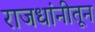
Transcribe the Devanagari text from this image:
राजधांनीतून